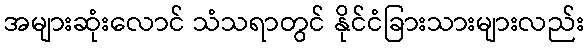
အများဆုံးလောင် သံသရာတွင် နိုင်ငံခြားသားများလည်း